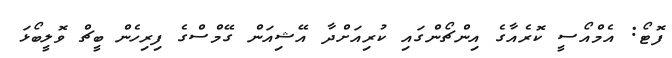
ފޮޓޯ: އެމްއޯސީ ކޮރެއާގެ އިންޗޯންގައި ކުރިއަށްދާ އޭޝިއަން ގޭމްސްގެ ފިރިހެން ބީޗް ވޮލީބޯޅަ